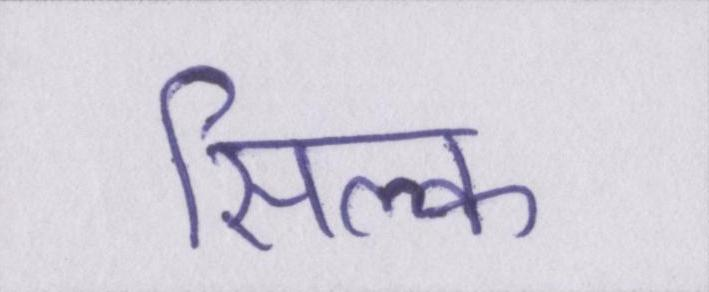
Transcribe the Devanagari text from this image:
सिल्क